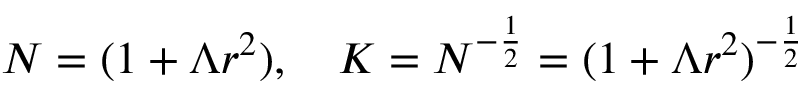
N = ( 1 + \Lambda r ^ { 2 } ) , \quad K = N ^ { - \frac { 1 } { 2 } } = ( 1 + \Lambda r ^ { 2 } ) ^ { - \frac { 1 } { 2 } }